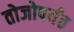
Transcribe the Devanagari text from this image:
तोजोपर्यंत